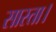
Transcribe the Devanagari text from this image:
सास्ता।